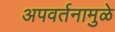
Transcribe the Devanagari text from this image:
अपवर्तनामुळे